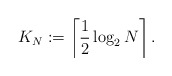
\begin{align*}K_N:=\left\lceil \frac{1}{2}\log_2 N \right\rceil.\end{align*}